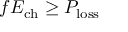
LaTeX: f E _ { \mathrm { { c h } } } \geq P _ { \mathrm { { l o s s } } }